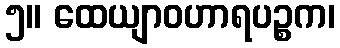
၅။ ထေယျာဝဟာရပဉ္စက၊